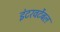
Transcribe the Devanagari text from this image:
इंटरवर्टेबल